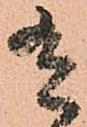
有